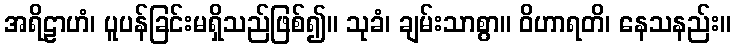
အရိဠာဟံ၊ ပူပန်ခြင်းမရှိသည်ဖြစ်၍။ သုခံ၊ ချမ်းသာစွာ။ ဝိဟာရတိ၊ နေသနည်း။